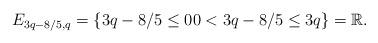
LaTeX: \begin{align*}E_{3q-8/5,q}=\{3q-8/5\leq 00<3q-8/5\leq 3q\}=\mathbb{R}.\end{align*}